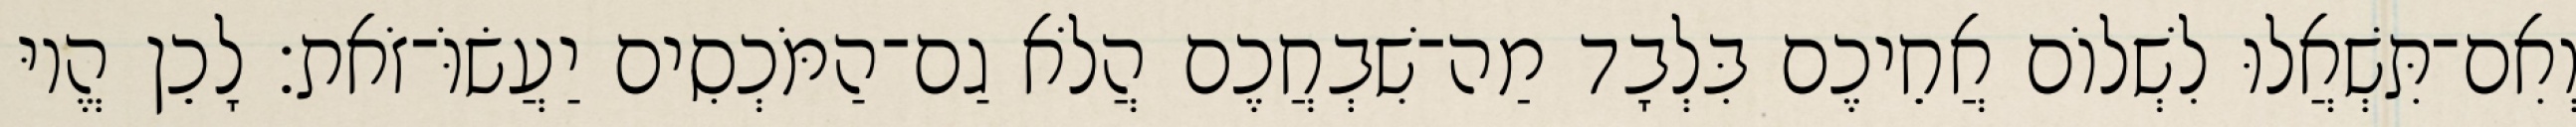
וְאִם־תִּשְׁאֲלוּ לִשְׁלוֹם אֲחֵיכֶם בִּלְבָד מַה־שִׁבְחֲכֶם הֲלֹא גַם־הַמֹּכְסִים יַעֲשׂוֹּ־זֹאת׃ לָכֵן הֱיוּ